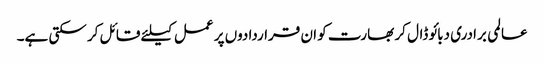
عالمی برادری دبائو ڈال کر بھارت کو ان قراردادوں پر عمل کیلئے قائل کر سکتی ہے۔